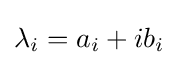
\lambda _{i}=a_{i}+ib_{i}